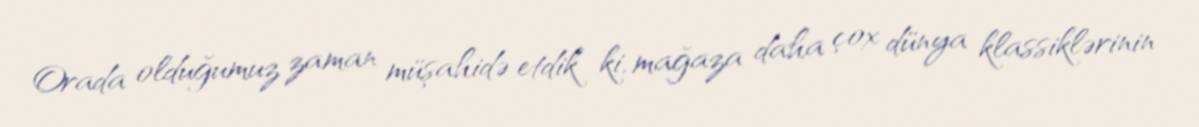
Orada olduğumuz zaman müşahidə etdik ki, mağaza daha çox dünya klassiklərinin